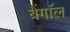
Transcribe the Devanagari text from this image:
बेंगाॅल